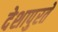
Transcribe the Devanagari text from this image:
देशापुरते